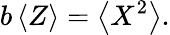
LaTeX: b\left<Z\right>=\left<X^{2}\right>.